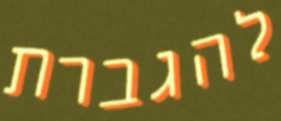
להגברת